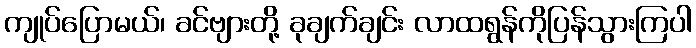
ကျုပ်ပြောမယ်၊ ခင်ဗျားတို့ ခုချက်ချင်း လာထရွန်ကိုပြန်သွားကြပါ